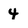
Character: 4